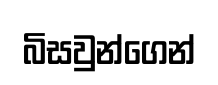
බිසවුන්ගෙන්